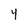
Character: 4